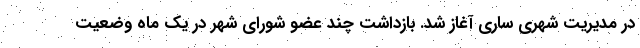
در مدیریت شهری ساری آغاز شد. بازداشت چند عضو شورای شهر در یک ماه وضعیت